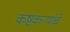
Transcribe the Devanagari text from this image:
कष्टकर्‍यांचे